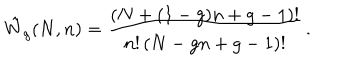
\hat { W } _ { g } ( N , n ) = \frac { ( N + ( 1 - g ) n + g - 1 ) ! } { n ! \, ( N - g n + g - 1 ) ! } \, .